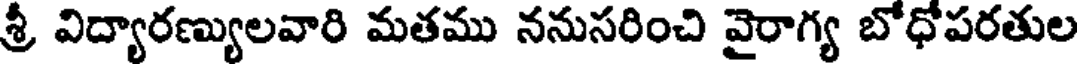
శ్రీ విద్యారణ్యులవారి మతము ననుసరించి వైరాగ్య బోధోపరతుల